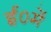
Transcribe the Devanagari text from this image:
ई०में